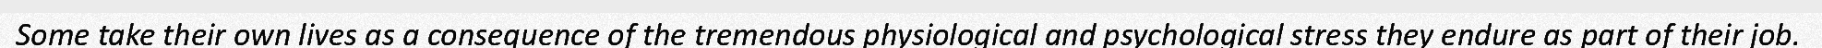
Some take their own lives as a consequence of the tremendous physiological and psychological stress they endure as part of their job.